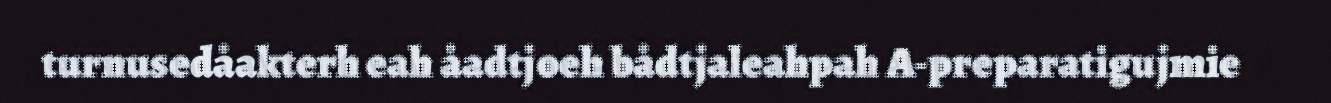
turnusedåakterh eah åadtjoeh bådtjaleahpah A-preparatigujmie